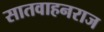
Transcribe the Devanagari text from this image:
सातवाहनराज